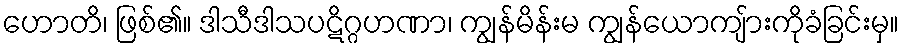
ဟောတိ၊ ဖြစ်၏။ ဒါသီဒါသပဋိဂ္ဂဟဏာ၊ ကျွန်မိန်းမ ကျွန်ယောကျ်ားကိုခံခြင်းမှ။